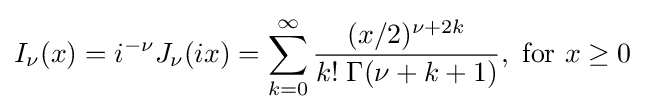
I_{\nu }(x)=i^{-\nu }J_{\nu }(ix)=\sum _{k=0}^{\infty }{\frac {(x/2)^{\nu +2k}}{k!\;\Gamma (\nu +k+1)}},{\text{ for }}x\geq 0